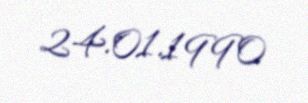
24.01.1990